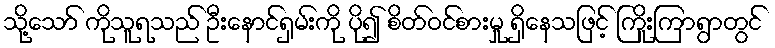
သို့သော် ကိုသူရသည် ဦးနောင်ရှမ်းကို ပို၍ စိတ်ဝင်စားမှု ရှိနေသဖြင့် ကြိုးကြာရွာတွင်